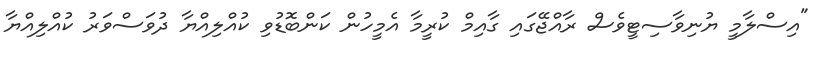
"އިސްލާމީ ޔުނިވާސިޓީވެސް ރާއްޖޭގައި ގާއިމް ކުރީމާ އެމީހުން ކަންބޮޑުވި ކުއްލިއްޔާ ދުވަސްވަރު ކުއްލިއްޔާ